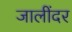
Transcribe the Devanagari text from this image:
जालींदर